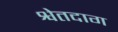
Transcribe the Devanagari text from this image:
श्वेतदाग